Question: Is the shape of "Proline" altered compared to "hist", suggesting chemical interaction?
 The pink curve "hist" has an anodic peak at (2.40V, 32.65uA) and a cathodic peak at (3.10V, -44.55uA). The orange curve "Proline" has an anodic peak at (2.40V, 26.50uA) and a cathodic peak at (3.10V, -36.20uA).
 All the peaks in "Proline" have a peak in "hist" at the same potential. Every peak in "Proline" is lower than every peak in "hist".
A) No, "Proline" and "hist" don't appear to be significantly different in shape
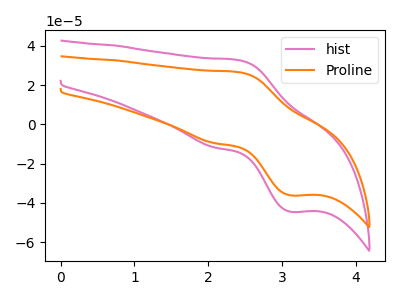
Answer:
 <answer>A) No, "Proline" and "hist" don't appear to be significantly different in shape</answer>
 <eval>A</eval>